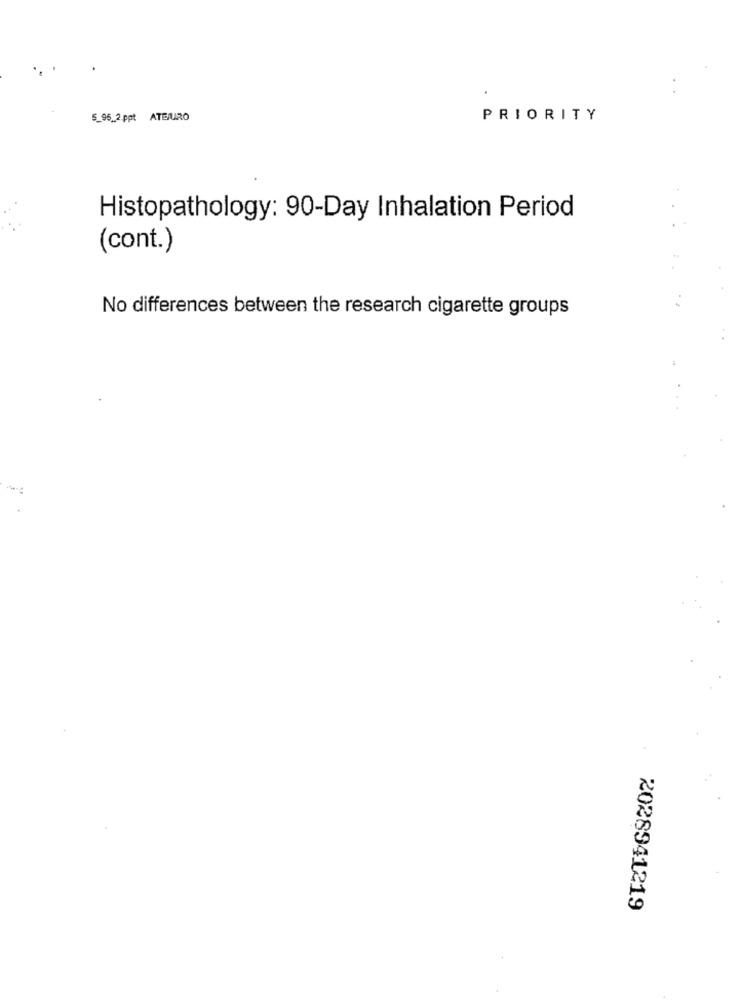
5_96_2 ppt ATEURO
PRIORITY
Histopathology: 90-Day Inhalation Period
(cont.)
No differences between the research cigarette groups
2028941219